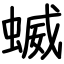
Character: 蝛